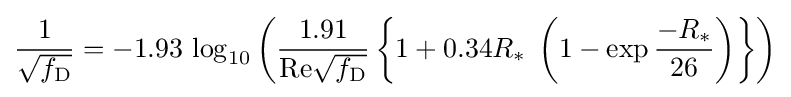
{\frac {1}{\sqrt {f_{\mathrm {D} }}}}=-1.93\,\log _{10}\left({\frac {1.91}{\mathrm {Re} {\sqrt {f_{\mathrm {D} }}}}}\left\{1+0.34R_{*}\;\left(1-\exp {\frac {-R_{*}}{26}}\right)\right\}\right)